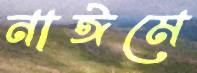
নাঈমে